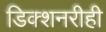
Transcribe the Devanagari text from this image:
डिक्शनरीही